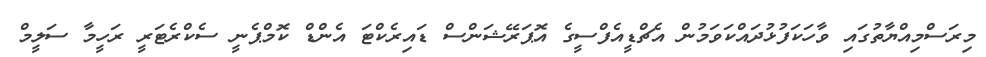
މިރަސްމިއްޔާތުގައި ވާހަކަފުޅުދައްކަވަމުން އެޗްޑީއެފްސީގެ އޮޕަރޭޝަންސް ޑައިރެކްޓަ އެންޑް ކޮމްޕެނީ ސެކްރެޓަރީ ރަހީމާ ސަލީމް